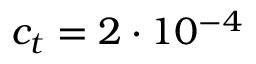
c _ { t } = 2 \cdot 1 0 ^ { - 4 }